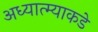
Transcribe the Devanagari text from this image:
अध्यात्म्याकडे